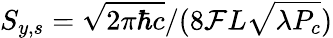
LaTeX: S_{y,s}=\sqrt{2\pi\hbar c}/(8\mathcal{F}L\sqrt{\lambda P_{c}})